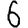
Digit: 6